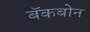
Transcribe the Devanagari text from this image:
बॅकबोन